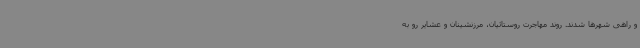
و راهی شهرها شدند. روند مهاجرت روستائیان، مرزنشینان و عشایر رو به